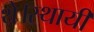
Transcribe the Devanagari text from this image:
थे।स्थायी